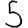
Digit: 5